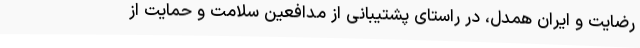
رضایت و ایران همدل، در راستای پشتیبانی از مدافعین سلامت و حمایت از